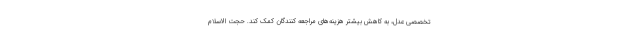
تخصصی عدل، به کاهش بیشتر هزینه‌های مراجعه کنندگان کمک کند. حجت الاسلام